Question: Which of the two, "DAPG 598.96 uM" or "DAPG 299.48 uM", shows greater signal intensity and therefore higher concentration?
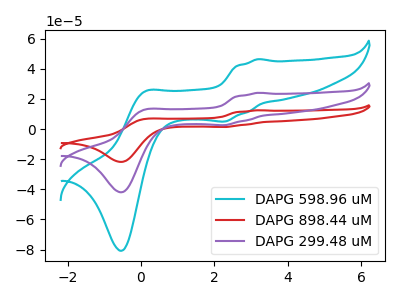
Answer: <think>The cyan curve "DAPG 598.96 uM" has anodic peaks at (3.20V, 46.45uA) (0.10V, 24.90uA) and cathodic peaks at (2.30V, 5.05uA) (-0.50V, -80.80uA). The red curve "DAPG 898.44 uM" has anodic peaks at (3.20V, 48.20uA) (0.10V, 25.85uA) and cathodic peaks at (2.30V, 5.25uA) (-0.50V, -83.95uA). The purple curve "DAPG 299.48 uM" has anodic peaks at (3.20V, 24.10uA) (0.10V, 12.90uA) and cathodic peaks at (2.30V, 2.60uA) (-0.50V, -41.95uA).
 All the peaks in "DAPG 598.96 uM" have a peak in "DAPG 299.48 uM" at the same potential.</think>
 <answer>I cant tell if "DAPG 598.96 uM" or "DAPG 299.48 uM" has higher concentration.</answer>
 <eval>mixed_concentration</eval>